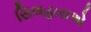
સિલહારાએ